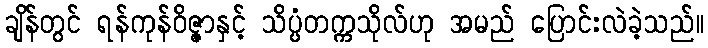
ချိန်တွင် ရန်ကုန်ဝိဇ္ဇာနှင့် သိပ္ပံတက္ကသိုလ်ဟု အမည် ပြောင်းလဲခဲ့သည်။